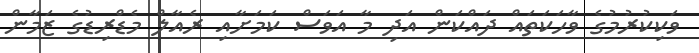
ވަކިކުރުމުގެ ވާހަކަތައް ދައްކަން އަދި މާ އަވަސް ކަމަށާއި ރެއާލް މެޑްރިޑުގެ ޒަމާން